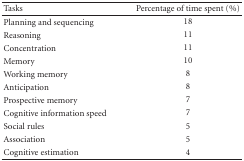
| Tasks | Percentage of time spent (%) |
 | --- | --- |
 | Planning and sequencing | 18 |
 | Reasoning | 11 |
 | Concentration | 11 |
 | Memory | 10 |
 | Working memory | 8 |
 | Anticipation | 8 |
 | Prospective memory | 7 |
 | Cognitive information speed | 7 |
 | Social rules | 5 |
 | Association | 5 |
 | Cognitive estimation | 4 |